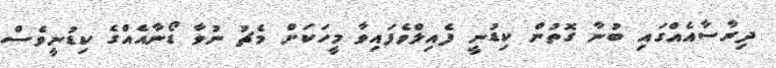
ދިރާސާއެއްގައި ބުނާ ގޮތުން ކިޑުނީ ފެއިލްވެފައިވާ މީހަކަށް މެޗު ނުވާ ޑޯނާއެއްގެ ކިޑުނީވެސް